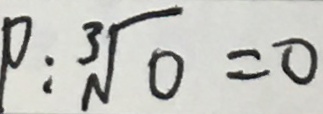
P : \sqrt [ 3 ] { 0 } = 0